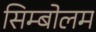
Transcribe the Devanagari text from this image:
सिम्बोलम